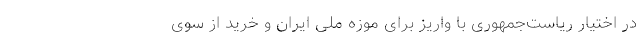
در اختیار ریاست‌جمهوری با واریز برای موزه ملی ایران و خرید از سوی